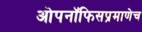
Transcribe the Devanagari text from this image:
ओपनॉफिसप्रमाणेच